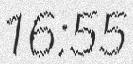
16:55